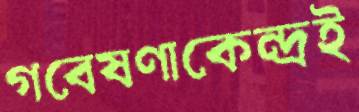
গবেষণাকেন্দ্রই